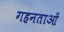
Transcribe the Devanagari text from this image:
गहनताओं